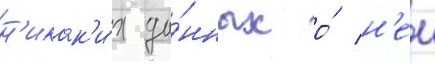
н'икак'и́х да́нных о́ н'еи